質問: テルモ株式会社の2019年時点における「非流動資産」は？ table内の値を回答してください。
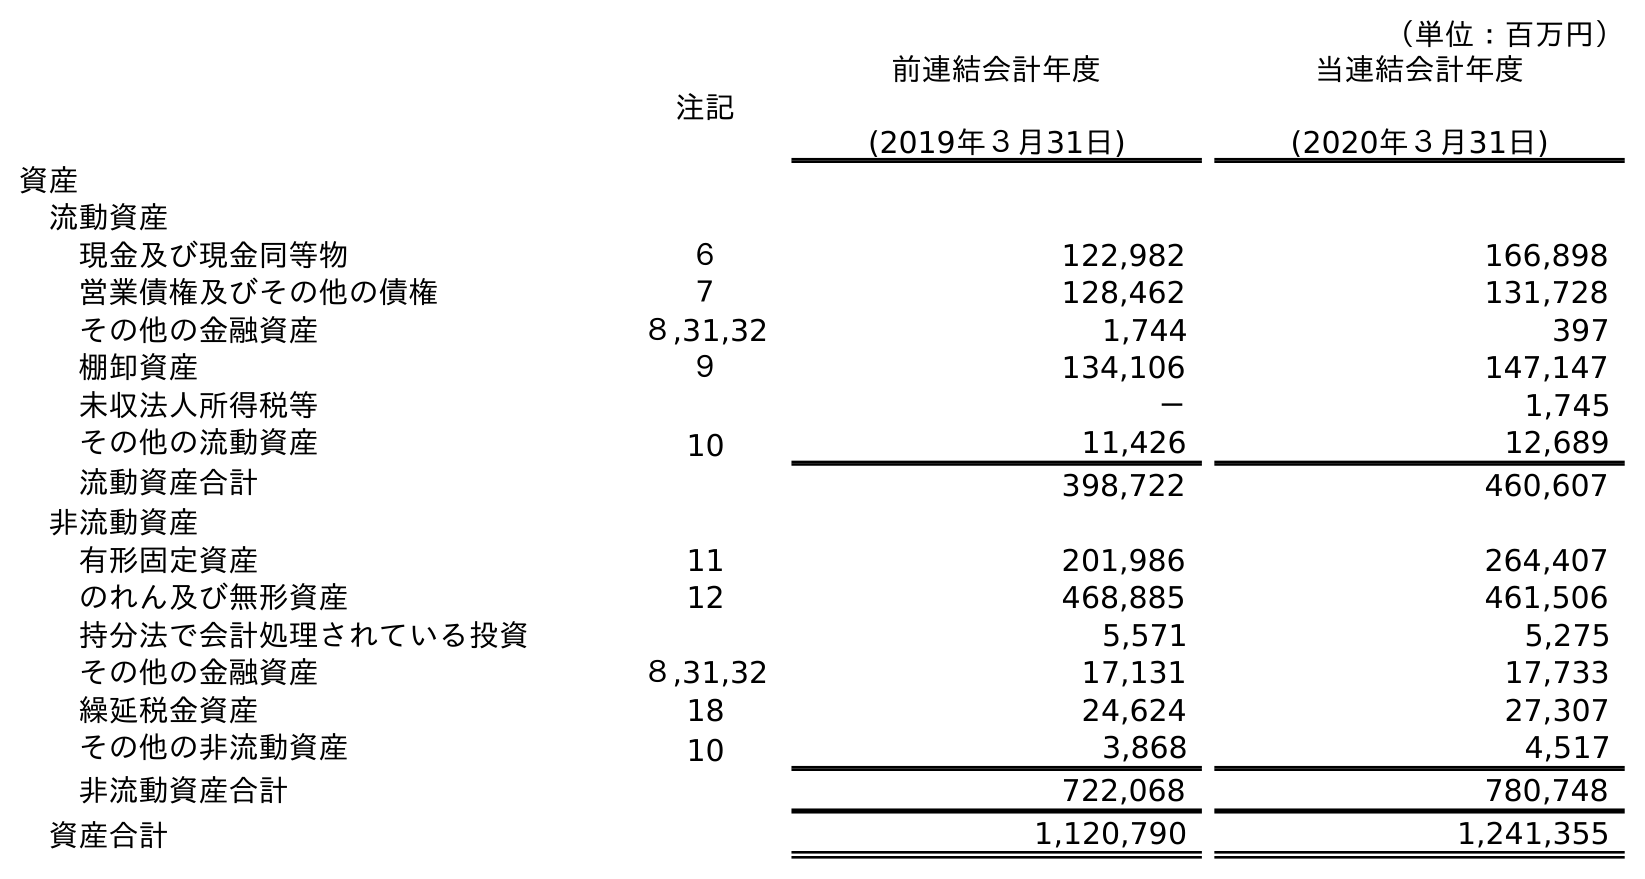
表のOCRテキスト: （単位：百万円） 注記 前連結会計年度 (2019年３月31日) 当連結会計年度 (2020年３月31日) 資産 流動資産 現金及び現金同等物 ６ 122,982 166,898 営業債権及びその他の債権 ７ 128,462 131,728 その他の金融資産 ８,31,32 1,744 397 棚卸資産 ９ 134,106 147,147 未収法人所得税等 － 1,745 その他の流動資産 10 11,426 12,689 流動資産合計 398,722 460,607 非流動資産 有形固定資産 11 201,986 264,407 のれん及び無形資産 12 468,885 461,506 持分法で会計処理されている投資 5,571 5,275 その他の金融資産 ８,31,32 17,131 17,733 繰延税金資産 18 24,624 27,307 その他の非流動資産 10 3,868 4,517 非流動資産合計 722,068 780,748 資産合計 1,120,790 1,241,355
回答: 722,068